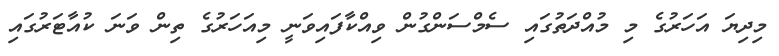
މިދިޔަ އަހަރުގެ މި މުއްދަތުގައި ސެމްސަންގުން ވިއްކާފައިވަނީ މިއަހަރުގެ ތިން ވަނަ ކުއާޓަރުގައި